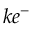
k e ^ { - }